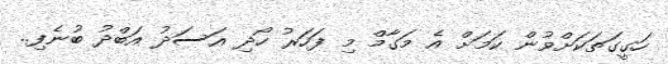
ހަގީގަތަކަށްވުން ކަމަށް އެ މަގާމް މި ފަހަރު ހޯދި އަސަދު އަބްދު ބުނެފި..